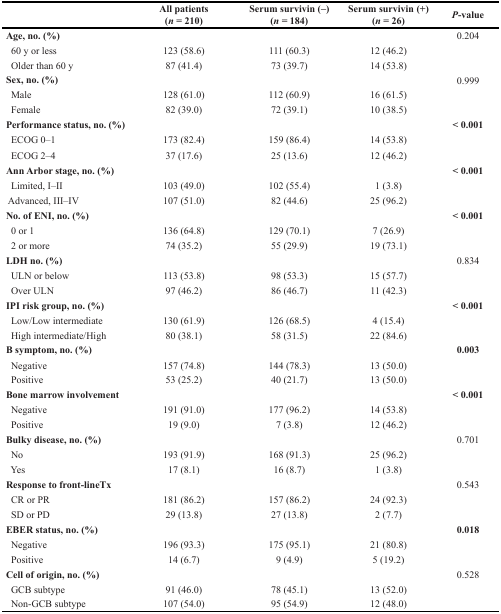
<table><thead><tr><td>[EMPTY_CELL]</td><td><b>All patients (<i>n</i> = 210)</b></td><td><b>Serum survivin (–) (<i>n</i> = 184)</b></td><td><b>Serum survivin (+) (<i>n</i> = 26)</b></td><td><b><i>P</i>-value</b></td></tr></thead><tbody><tr><td><b>Age, no. (%)</b></td><td>[EMPTY_CELL]</td><td>[EMPTY_CELL]</td><td>[EMPTY_CELL]</td><td>0.204</td></tr><tr><td> 60 y or less</td><td>123 (58.6)</td><td>111 (60.3)</td><td>12 (46.2)</td><td>[EMPTY_CELL]</td></tr><tr><td> Older than 60 y</td><td>87 (41.4)</td><td>73 (39.7)</td><td>14 (53.8)</td><td>[EMPTY_CELL]</td></tr><tr><td><b>Sex, no. (%)</b></td><td>[EMPTY_CELL]</td><td>[EMPTY_CELL]</td><td>[EMPTY_CELL]</td><td>0.999</td></tr><tr><td> Male</td><td>128 (61.0)</td><td>112 (60.9)</td><td>16 (61.5)</td><td>[EMPTY_CELL]</td></tr><tr><td> Female</td><td>82 (39.0)</td><td>72 (39.1)</td><td>10 (38.5)</td><td>[EMPTY_CELL]</td></tr><tr><td><b>Performance status, no. (%)</b></td><td>[EMPTY_CELL]</td><td>[EMPTY_CELL]</td><td>[EMPTY_CELL]</td><td><b>&lt; 0.001</b></td></tr><tr><td> ECOG 0–1</td><td>173 (82.4)</td><td>159 (86.4)</td><td>14 (53.8)</td><td>[EMPTY_CELL]</td></tr><tr><td> ECOG 2–4</td><td>37 (17.6)</td><td>25 (13.6)</td><td>12 (46.2)</td><td>[EMPTY_CELL]</td></tr><tr><td><b>Ann Arbor stage, no. (%)</b></td><td>[EMPTY_CELL]</td><td>[EMPTY_CELL]</td><td>[EMPTY_CELL]</td><td><b>&lt; 0.001</b></td></tr><tr><td> Limited, I–II</td><td>103 (49.0)</td><td>102 (55.4)</td><td>1 (3.8)</td><td>[EMPTY_CELL]</td></tr><tr><td> Advanced, III–IV</td><td>107 (51.0)</td><td>82 (44.6)</td><td>25 (96.2)</td><td>[EMPTY_CELL]</td></tr><tr><td><b>No. of ENI, no. (%)</b></td><td>[EMPTY_CELL]</td><td>[EMPTY_CELL]</td><td>[EMPTY_CELL]</td><td><b>&lt; 0.001</b></td></tr><tr><td> 0 or 1</td><td>136 (64.8)</td><td>129 (70.1)</td><td>7 (26.9)</td><td>[EMPTY_CELL]</td></tr><tr><td> 2 or more</td><td>74 (35.2)</td><td>55 (29.9)</td><td>19 (73.1)</td><td>[EMPTY_CELL]</td></tr><tr><td><b>LDH no. (%)</b></td><td>[EMPTY_CELL]</td><td>[EMPTY_CELL]</td><td>[EMPTY_CELL]</td><td>0.834</td></tr><tr><td> ULN or below</td><td>113 (53.8)</td><td>98 (53.3)</td><td>15 (57.7)</td><td>[EMPTY_CELL]</td></tr><tr><td> Over ULN</td><td>97 (46.2)</td><td>86 (46.7)</td><td>11 (42.3)</td><td>[EMPTY_CELL]</td></tr><tr><td><b>IPI risk group, no. (%)</b></td><td>[EMPTY_CELL]</td><td>[EMPTY_CELL]</td><td>[EMPTY_CELL]</td><td><b>&lt; 0.001</b></td></tr><tr><td> Low/Low intermediate</td><td>130 (61.9)</td><td>126 (68.5)</td><td>4 (15.4)</td><td>[EMPTY_CELL]</td></tr><tr><td> High intermediate/High</td><td>80 (38.1)</td><td>58 (31.5)</td><td>22 (84.6)</td><td>[EMPTY_CELL]</td></tr><tr><td><b>B symptom, no. (%)</b></td><td>[EMPTY_CELL]</td><td>[EMPTY_CELL]</td><td>[EMPTY_CELL]</td><td><b>0.003</b></td></tr><tr><td> Negative</td><td>157 (74.8)</td><td>144 (78.3)</td><td>13 (50.0)</td><td>[EMPTY_CELL]</td></tr><tr><td> Positive</td><td>53 (25.2)</td><td>40 (21.7)</td><td>13 (50.0)</td><td>[EMPTY_CELL]</td></tr><tr><td><b>Bone marrow involvement</b></td><td>[EMPTY_CELL]</td><td>[EMPTY_CELL]</td><td>[EMPTY_CELL]</td><td><b>&lt; 0.001</b></td></tr><tr><td> Negative</td><td>191 (91.0)</td><td>177 (96.2)</td><td>14 (53.8)</td><td>[EMPTY_CELL]</td></tr><tr><td> Positive</td><td>19 (9.0)</td><td>7 (3.8)</td><td>12 (46.2)</td><td>[EMPTY_CELL]</td></tr><tr><td><b>Bulky disease, no. (%)</b></td><td>[EMPTY_CELL]</td><td>[EMPTY_CELL]</td><td>[EMPTY_CELL]</td><td>0.701</td></tr><tr><td> No</td><td>193 (91.9)</td><td>168 (91.3)</td><td>25 (96.2)</td><td>[EMPTY_CELL]</td></tr><tr><td> Yes</td><td>17 (8.1)</td><td>16 (8.7)</td><td>1 (3.8)</td><td>[EMPTY_CELL]</td></tr><tr><td><b>Response to front-lineTx</b></td><td>[EMPTY_CELL]</td><td>[EMPTY_CELL]</td><td>[EMPTY_CELL]</td><td>0.543</td></tr><tr><td> CR or PR</td><td>181 (86.2)</td><td>157 (86.2)</td><td>24 (92.3)</td><td>[EMPTY_CELL]</td></tr><tr><td> SD or PD</td><td>29 (13.8)</td><td>27 (13.8)</td><td>2 (7.7)</td><td>[EMPTY_CELL]</td></tr><tr><td><b>EBER status, no. (%)</b></td><td>[EMPTY_CELL]</td><td>[EMPTY_CELL]</td><td>[EMPTY_CELL]</td><td><b>0.018</b></td></tr><tr><td> Negative</td><td>196 (93.3)</td><td>175 (95.1)</td><td>21 (80.8)</td><td>[EMPTY_CELL]</td></tr><tr><td> Positive</td><td>14 (6.7)</td><td>9 (4.9)</td><td>5 (19.2)</td><td>[EMPTY_CELL]</td></tr><tr><td><b>Cell of origin, no. (%)</b></td><td>[EMPTY_CELL]</td><td>[EMPTY_CELL]</td><td>[EMPTY_CELL]</td><td>0.528</td></tr><tr><td> GCB subtype</td><td>91 (46.0)</td><td>78 (45.1)</td><td>13 (52.0)</td><td>[EMPTY_CELL]</td></tr><tr><td> Non-GCB subtype</td><td>107 (54.0)</td><td>95 (54.9)</td><td>12 (48.0)</td><td>[EMPTY_CELL]</td></tr></tbody></table>